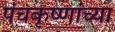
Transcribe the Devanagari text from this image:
पंचकृष्णांच्या